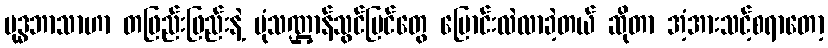
ဗုဒ္ဓဘာသာဟာ တဖြည်းဖြည်းနဲ့ ပုံသဏ္ဌာန်သွင်ပြင်တွေ ပြောင်းလဲလာခဲ့တယ် ဆိုတာ အံ့အားသင့်စရာတော့